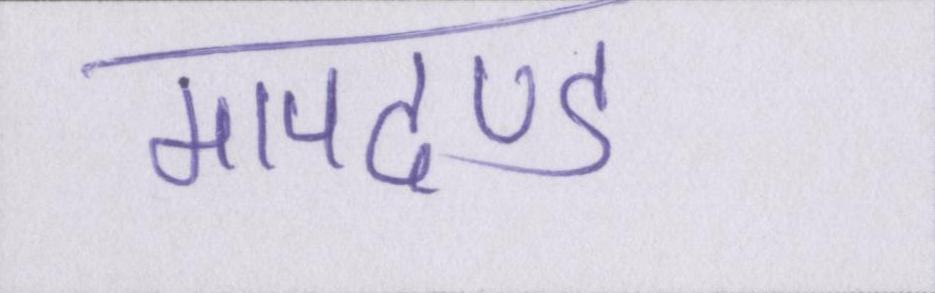
मापदण्ड